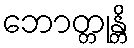
ဘောတ္တုန္တိ